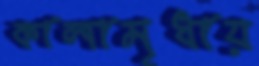
কালামৃধায়